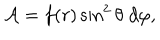
LaTeX: { \cal A } = f ( r ) \sin ^ { 2 } \theta \; d \varphi ,